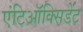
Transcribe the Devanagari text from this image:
एंटिऑक्सिडेंट